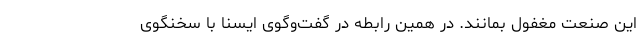
این صنعت مغفول بمانند. در همین رابطه در گفت‌وگوی ایسنا با سخنگوی